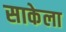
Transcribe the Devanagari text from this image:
साकेला